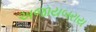
અજાયબરાય